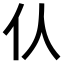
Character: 𠆧